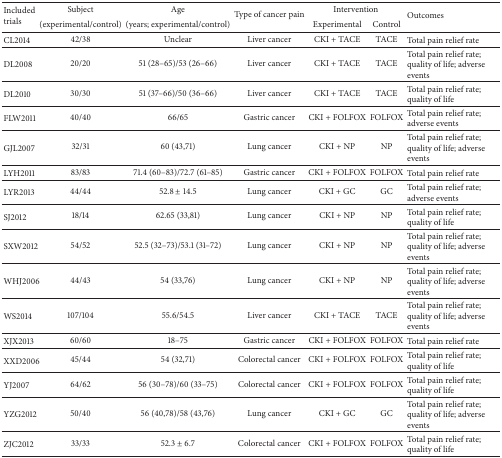
<table><thead><tr><td rowspan="2"><b>Included trials</b></td><td><b>Subject</b></td><td><b>Age </b></td><td rowspan="2"><b>Type of cancer pain</b></td><td colspan="2"><b>Intervention</b></td><td rowspan="2"><b>Outcomes</b></td></tr><tr><td><b>(experimental/control)</b></td><td><b>(years; experimental/control)</b></td><td><b>Experimental</b></td><td><b>Control</b></td></tr></thead><tbody><tr><td>CL2014</td><td>42/38</td><td>Unclear</td><td>Liver cancer</td><td>CKI + TACE</td><td>TACE</td><td>Total pain relief rate</td></tr><tr><td>DL2008</td><td>20/20</td><td>51 (28–65)/53 (26–66)</td><td>Liver cancer</td><td>CKI + TACE</td><td>TACE</td><td>Total pain relief rate; quality of life; adverse events</td></tr><tr><td>DL2010</td><td>30/30</td><td>51 (37–66)/50 (36–66)</td><td>Liver cancer</td><td>CKI + TACE</td><td>TACE</td><td>Total pain relief rate; quality of life</td></tr><tr><td>FLW2011</td><td>40/40</td><td>66/65</td><td>Gastric cancer</td><td>CKI + FOLFOX</td><td>FOLFOX</td><td>Total pain relief rate; adverse events</td></tr><tr><td>GJL2007</td><td>32/31</td><td>60 (43,71)</td><td>Lung cancer</td><td>CKI + NP</td><td>NP</td><td>Total pain relief rate; quality of life; adverse events</td></tr><tr><td>LYH2011</td><td>83/83</td><td>71.4 (60–83)/72.7 (61–85)</td><td>Gastric cancer</td><td>CKI + FOLFOX</td><td>FOLFOX</td><td>Total pain relief rate</td></tr><tr><td>LYR2013</td><td>44/44</td><td>52.8 ± 14.5</td><td>Lung cancer</td><td>CKI + GC</td><td>GC</td><td>Total pain relief rate; adverse events</td></tr><tr><td>SJ2012</td><td>18/14</td><td>62.65 (33,81)</td><td>Lung cancer</td><td>CKI + NP</td><td>NP</td><td>Total pain relief rate; quality of life</td></tr><tr><td>SXW2012</td><td>54/52</td><td>52.5 (32–73)/53.1 (31–72)</td><td>Lung cancer</td><td>CKI + NP</td><td>NP</td><td>Total pain relief rate; quality of life; adverse events</td></tr><tr><td>WHJ2006</td><td>44/43</td><td>54 (33,76)</td><td>Lung cancer</td><td>CKI + NP</td><td>NP</td><td>Total pain relief rate; quality of life; adverse events</td></tr><tr><td>WS2014</td><td>107/104</td><td>55.6/54.5</td><td>Liver cancer</td><td>CKI + TACE </td><td>TACE </td><td>Total pain relief rate; quality of life; adverse events</td></tr><tr><td>XJX2013</td><td>60/60</td><td>18–75</td><td>Gastric cancer</td><td>CKI + FOLFOX</td><td>FOLFOX</td><td>Total pain relief rate</td></tr><tr><td>XXD2006</td><td>45/44</td><td>54 (32,71)</td><td>Colorectal cancer</td><td>CKI + FOLFOX</td><td>FOLFOX</td><td>Total pain relief rate; quality of life</td></tr><tr><td>YJ2007</td><td>64/62</td><td>56 (30–78)/60 (33–75)</td><td>Colorectal cancer</td><td>CKI + FOLFOX</td><td>FOLFOX</td><td>Total pain relief rate; quality of life</td></tr><tr><td>YZG2012</td><td>50/40</td><td>56 (40,78)/58 (43,76)</td><td>Lung cancer</td><td>CKI + GC</td><td>GC</td><td>Total pain relief rate; quality of life; adverse events</td></tr><tr><td>ZJC2012</td><td>33/33</td><td>52.3 ± 6.7</td><td>Colorectal cancer</td><td>CKI + FOLFOX</td><td>FOLFOX</td><td>Total pain relief rate; quality of life</td></tr></tbody></table>